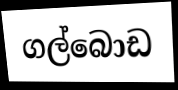
ගල්බොඩ